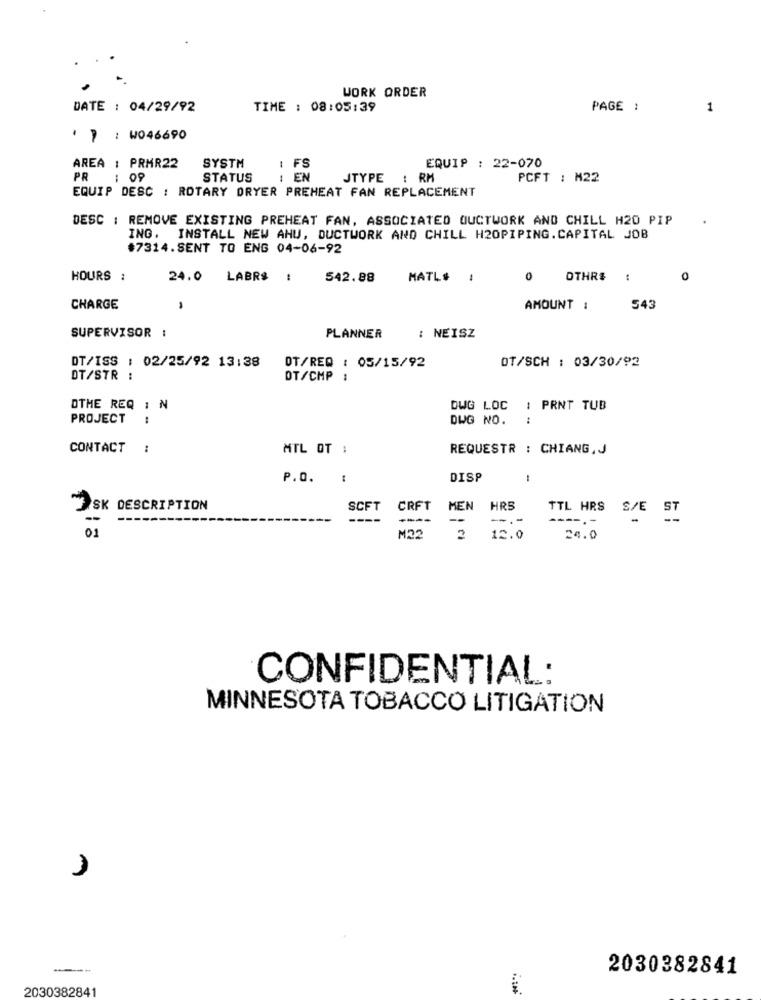
WORK ORDER
DATE : 04/29/92
TIME : 08:05:39
PAGE :
1
· 1 : W046690
FS
AREA : PRMR22
SYSTM
EQUIP : 22-070
PR
: 09
STATUS
: EN
JTYPE : RM
PCFT : M22
EQUIP DESC : ROTARY DRYER PREHEAT FAN REPLACEMENT
DESC : REMOVE EXISTING PREHEAT FAN, ASSOCIATED OUCTWORK AND CHILL H20 PIP
ING. INSTALL NEW AHU, DUCTWORK AND CHILL H20PIPING.CAPITAL JOB
#7314.SENT TO ENG 04-06-92
HOURS :
24.0 LABR$ !
542.88
MATL#
0
OTHR$ :
CHARGE
-
AMOUNT :
543
SUPERVISOR :
PLANNER
: NEISZ
DT/ISS : 02/25/92 13:38
OT/SCH : 03/30/92
OT/REQ : 05/15/92
DT/STR :
DT/CMP :
DTHE REQ : ₦
DWG LOC
PRNT TUB
PROJECT
DWG NO.
:
CONTACT
MTL OT :
REQUESTR : CHIANG, J
P.O. :
DISP
:
SK DESCRIPTION
SCFT
CRFT
MEN HRS
--
----
--
-.-
TTL HRS S/E ST
01
M22
2
12.0
24.0
CONFIDENTIAL:
MINNESOTA TOBACCO LITIGATION
1
2030382841
2030382841